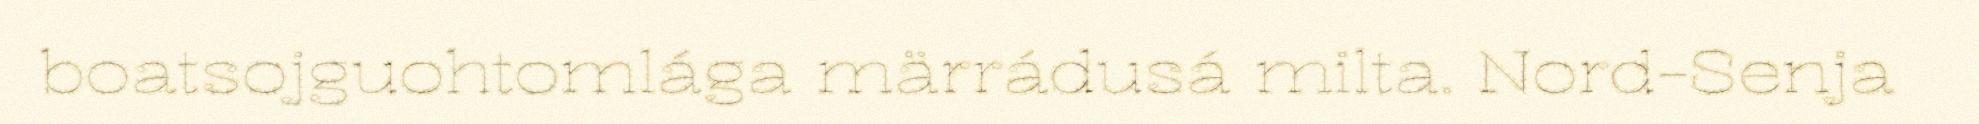
boatsojguohtomlága märrádusá milta. Nord-Senja